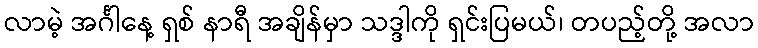
လာမဲ့ အင်္ဂါနေ့ ရှစ် နာရီ အချိန်မှာ သဒ္ဒါကို ရှင်းပြမယ်၊ တပည့်တို့ အလာ